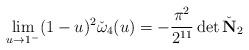
LaTeX: \begin{align*}\lim_{u\to1^-}(1-u)^2\check\omega_4(u)=-\frac{\pi^2}{2^{11}}\det\check {\mathbf N}_2\end{align*}